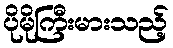
ပိုမိုကြီးမားသည့်